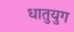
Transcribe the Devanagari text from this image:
धातुयुग